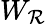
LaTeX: W_{\mathcal{R}}